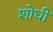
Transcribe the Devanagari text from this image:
शोधी